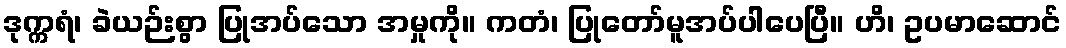
ဒုက္ကရံ၊ ခဲယဉ်းစွာ ပြုအပ်သော အမှုကို။ ကတံ၊ ပြုတော်မူအပ်ပါပေပြီ။ ဟိ၊ ဥပမာဆောင်